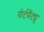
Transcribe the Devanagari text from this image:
पोर्टमैंट्यू